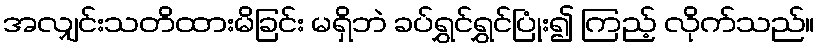
အလျှင်းသတိထားမိခြင်း မရှိဘဲ ခပ်ရွှင်ရွှင်ပြုံး၍ ကြည့် လိုက်သည်။